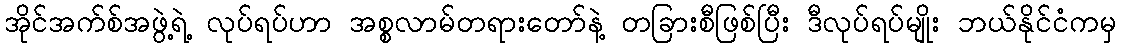
အိုင်အက်စ်အဖွဲ့ရဲ့ လုပ်ရပ်ဟာ အစ္စလာမ်တရားတော်နဲ့ တခြားစီဖြစ်ပြီး ဒီလုပ်ရပ်မျိုး ဘယ်နိုင်ငံကမှ